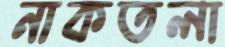
নাকতলা